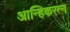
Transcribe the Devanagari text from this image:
आन्हिकरत्न